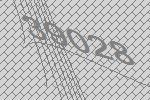
39028